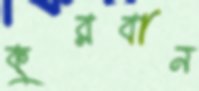
কুরবান